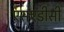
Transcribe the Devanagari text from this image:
एसएडीसी